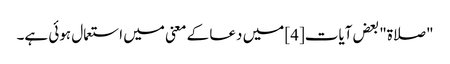
"صلاۃ" بعض آیات[4] میں دعا کے معنی میں استعمال ہوئی ہے۔